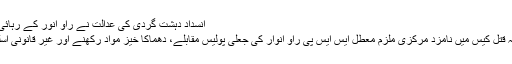
انسداد دہشت گردی کی عدالت نے راؤ انور کے رہائی کے احکامات پر دستخط کردیئے
کراچی جدت ویب ڈسیک ::نقیب اللہ قتل کیس میں نامزد مرکزی ملزم معطل ایس ایس پی راؤ انوار کی جعلی پولیس مقابلے، دھماکا خیز مواد رکھنے اور غیر قانونی اسلحہ کیس میں ضمانت ہوچکی ہے۔